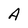
Character: A